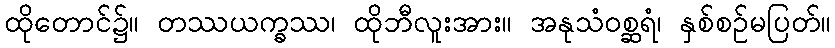
ထိုတောင်၌။ တဿယက္ခဿ၊ ထိုဘီလူးအား။ အနုသံဝစ္ဆရံ၊ နှစ်စဉ်မပြတ်။